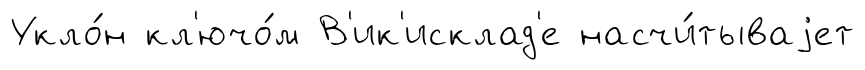
Укло́н кл'ючо́м В'ик'исклад'е насчи́тываjет